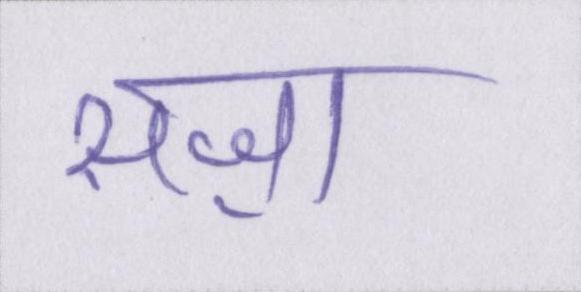
सज़ा